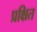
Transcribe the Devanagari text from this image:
प्रक्षित